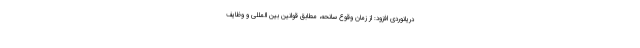
دریانوردی افزود: از زمان وقوع سانحه، مطابق قوانین بین المللی و وظایف